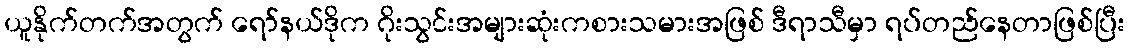
ယူနိုက်တက်အတွက် ရော်နယ်ဒိုက ဂိုးသွင်းအများဆုံးကစားသမားအဖြစ် ဒီရာသီမှာ ရပ်တည်နေတာဖြစ်ပြီး